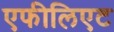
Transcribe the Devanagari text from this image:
एफीलिएट